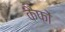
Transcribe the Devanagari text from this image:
कैफों